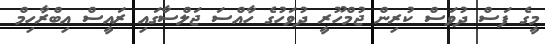
މީގެ ފަސް ދުވަސް ކުރިން ޖުމްހޫރީ ދުވަހުގެ ހާއްސަ ޖަލްސާގައި ރައީސް އިބްރާހިމް